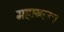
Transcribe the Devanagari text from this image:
महाबलः।